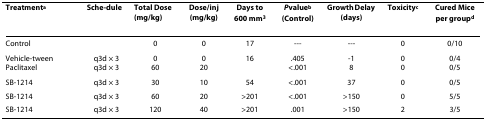
| Treatmenta | Sche-dule | Total Dose (mg/kg) | Dose/inj (mg/kg) | Days to 600 mm3 | Pvalueb (Control) | Growth Delay (days) | Toxicityc | Cured Mice per groupd |
 | --- | --- | --- | --- | --- | --- | --- | --- | --- |
 | Control |  | 0 | 0 | 17 | --- | --- | 0 | 0/10 |
 | Vehicle-tweenPaclitaxel | q3d × 3q3d × 3 | 060 | 020 | 16 | .405<.001 | -18 | 00 | 0/40/5 |
 | SB-1214 | q3d × 3 | 30 | 10 | 54 | <.001 | 37 | 0 | 0/5 |
 | SB-1214 | q3d × 3 | 60 | 20 | >201 | <.001 | >150 | 0 | 5/5 |
 | SB-1214 | q3d × 3 | 120 | 40 | >201 | .001 | >150 | 2 | 3/5 |